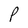
Character: P